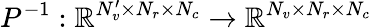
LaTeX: P^{-1}:\mathbb{R}^{N_{v}^{\prime}\times N_{r}\times N_{c}}\rightarrow\mathbb{R}^{N_{v}\times N_{r}\times N_{c}}